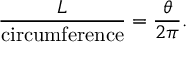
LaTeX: { \frac { L } { \mathrm { c i r c u m f e r e n c e } } } = { \frac { \theta } { 2 \pi } } .